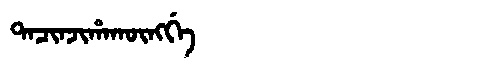
Manchu: ᡨᠠᠴᡳᠨᠵᡳᡥᠠᡴᡡᠩᡤᡝ
Romanization: TACINJIHAKŪNGGE